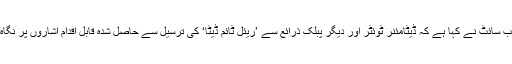
کمپنی کی ویب سائٹ نے کہا ہے کہ ڈیٹامئنر ٹوئٹر اور دیگر پبلک ذرائع سے ’ریئل ٹائم ڈیٹا‘ کی ترسیل سے حاصل شدہ قابل اقدام اشاروں پر نگاہ رکھتی تھی۔